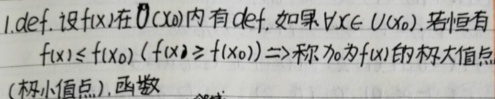
1. def. 设\(f(x)\)在\(\mathring{U}(x_{0})\)内有def. 如果\(\forall x\in \mathring{U}(x_{0})\)，若恒有
\(f(x)\leq f(x_{0})\) (\(f(x)\geq f(x_{0})\)) 称\(x_{0}\)为\(f(x)\)的极大值点
(极小值点)，函数